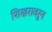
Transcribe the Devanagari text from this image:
शिखरावरुन